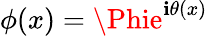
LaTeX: \phi(x)=\Phie^{\mathbf{i}\theta(x)}